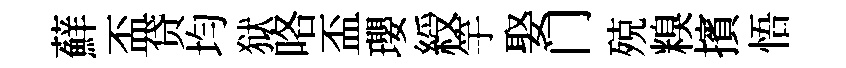
蘚盃贷均狱咯盃瓔綬竽娶门殑糗擯悟